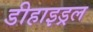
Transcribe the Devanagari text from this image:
डीहाइड्रल